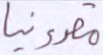
مقدونيا